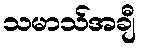
သမာသ်အချီ